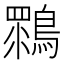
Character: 䳴